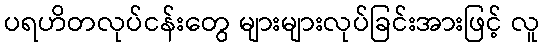
ပရဟိတလုပ်ငန်းတွေ များများလုပ်ခြင်းအားဖြင့် လူ